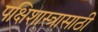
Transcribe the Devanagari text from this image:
पक्षिशास्त्रासाठी